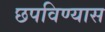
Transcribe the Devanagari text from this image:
छपविण्यास